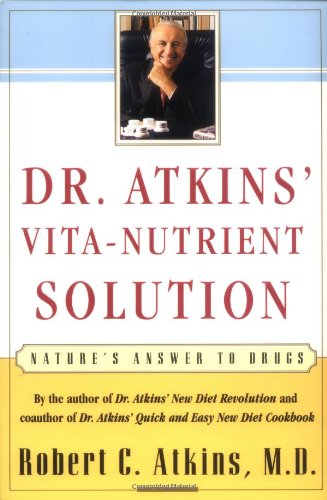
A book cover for Dr. Atkins' Vita-Nutrient Solution: Nature's Answer to Drugs; Robert C. Atkins; Health, Fitness & Dieting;